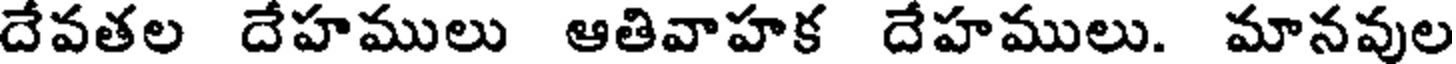
దేవతల దేహములు ఆతివాహక దేహములు. మానవుల